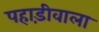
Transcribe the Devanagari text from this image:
पहाड़ीवाला